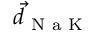
\vec { d } _ { \textrm { N a K } }